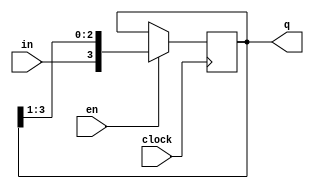
module ShiftReg(q, in, clock, en);
	parameter n = 4;
	input in, clock, en;
	output reg [n - 1 : 0] q;

	initial
		q = 4'b10;

	always @(posedge clock)
	begin
		if (en)
			q = {in, q[n - 1: 1]}; 
	end
endmodule

module testBench;
	parameter n = 4;
	reg en, in, clock;
	wire [n - 1 : 0] q;

	ShiftReg sr(q, in, clock, en);

	initial
	begin
		clock = 0;
	end

	always
		#2 clock = ~clock;

	initial
		$monitor($time, "\t%b\t%b\t%b", en, in, q);

	initial
	begin
		in = 0; en = 0;
		#4 in = 1; en = 1;
		#4 in = 1; en = 0;
		#4 in = 0; en = 1;
		#5 $finish;
	end
endmodule